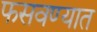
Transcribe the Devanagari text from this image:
फसवण्यात